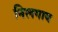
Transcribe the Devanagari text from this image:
निलगाय